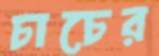
চাচের